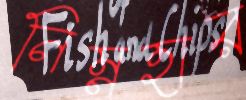
নিম্নহার